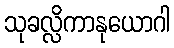
သုခလ္လိကာနုယောဂါ